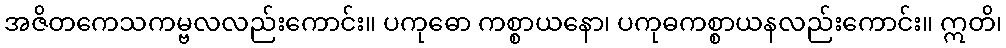
အဇိတကေသကမ္ဗလလည်းကောင်း။ ပကုဓော ကစ္စာယနော၊ ပကုဓကစ္စာယနလည်းကောင်း။ ဣတိ၊